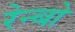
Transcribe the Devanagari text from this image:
रेन्‍बो